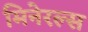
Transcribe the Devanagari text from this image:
मिनेरल्स